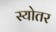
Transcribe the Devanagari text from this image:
स्योतर